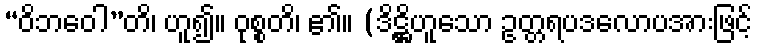
“ဝိဘဝေါ”တိ၊ ဟူ၍။ ဝုစ္စတိ၊ ၏။ (ဒိဋ္ဌိဟူသော ဥတ္တရပဒလောပအားဖြင့်